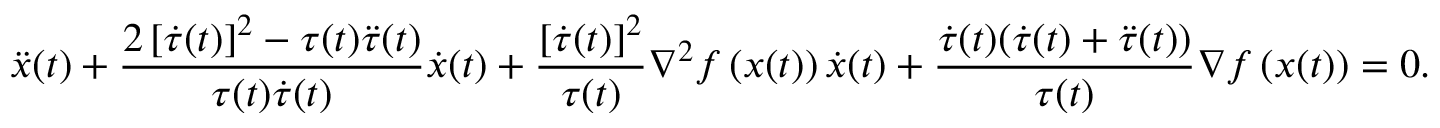
\ddot { x } ( t ) + \frac { 2 \left[ \dot { \tau } ( t ) \right] ^ { 2 } - \tau ( t ) \ddot { \tau } ( t ) } { \tau ( t ) \dot { \tau } ( t ) } \dot { x } ( t ) + \frac { \left[ \dot { \tau } ( t ) \right] ^ { 2 } } { \tau ( t ) } \nabla ^ { 2 } f \left( x ( t ) \right) \dot { x } ( t ) + \frac { \dot { \tau } ( t ) ( \dot { \tau } ( t ) + \ddot { \tau } ( t ) ) } { \tau ( t ) } \nabla f \left( x ( t ) \right) = 0 .